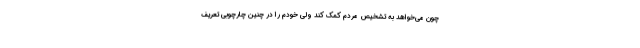
چون می‌خواهد به تشخیص مردم کمک کند ولی خودم را در چنین چارچوبی تعریف